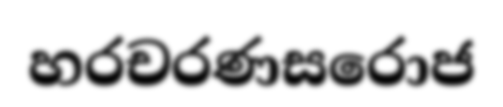
හරචරණසරොජ